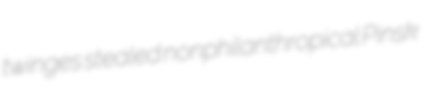
twinges stealed nonphilanthropical Pinsk